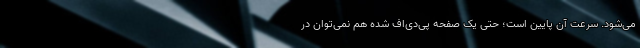
می‌شود. سرعت آن پایین است؛ حتی یک صفحه پی‌دی‌اف شده هم نمی‌توان در